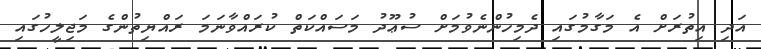
އަދި އިތުރަށް އެ މަގާމުގައި ދެމިހުންނެވުމަށް ސުޢޫދު މަސައްކަތް ކުރައްވާނަމަ ރައްޔިތުންގެ މަޖިލީހުގައި